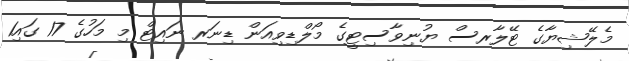
މެލޭޝިޔާގެ ޓޭލާރސް ޔުނިވާސިޓީގެ މޯލްޑިވިއަން ޑިނަރ ނައިޓް މި މަހުގެ 17 ގައި1